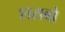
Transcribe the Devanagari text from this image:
शराबो